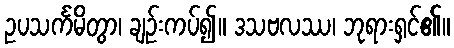
ဥပသင်္ကမိတွာ၊ ချဉ်းကပ်၍။ ဒသဗလဿ၊ ဘုရားရှင်၏။